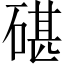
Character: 碪